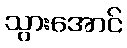
သွားအောင်